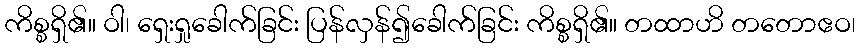
ကိစ္စရှိ၏။ ဝါ၊ ရှေးရှုခေါက်ခြင်း ပြန်လှန်၍ခေါက်ခြင်း ကိစ္စရှိ၏။ တထာဟိ တတောဧဝ၊